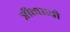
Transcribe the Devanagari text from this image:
त्रीन्पथो